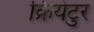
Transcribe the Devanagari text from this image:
क्रियेटुर